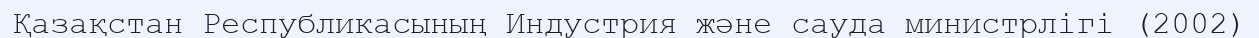
Қазақстан Республикасының Индустрия және сауда министрлігі (2002)